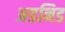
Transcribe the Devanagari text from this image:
अडनिड